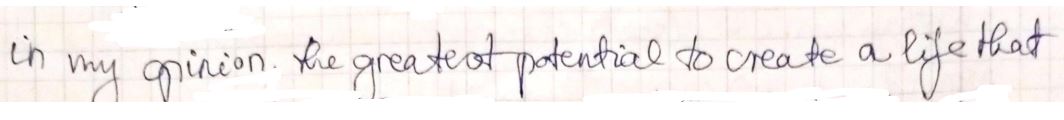
in my opinion. the greatest potential to create a life that